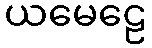
ယမေဠေ